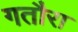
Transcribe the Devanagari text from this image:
गतौरा